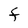
Character: F